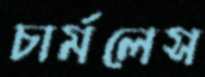
চার্মলেস